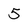
Character: 5